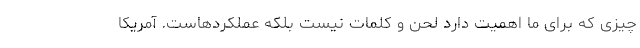
چیزی که برای ما اهمیت دارد لحن و کلمات نیست بلکه عملکردهاست. آمریکا